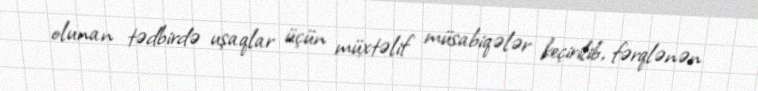
olunan tədbirdə uşaqlar üçün müxtəlif müsabiqələr keçirilib, fərqlənən